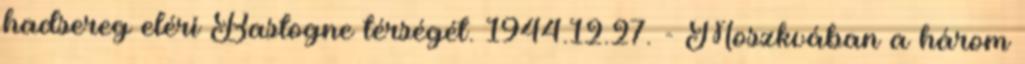
hadsereg eléri Bastogne térségét. 1944.12.27. - Moszkvában a három